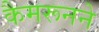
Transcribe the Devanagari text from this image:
कैमरूनने